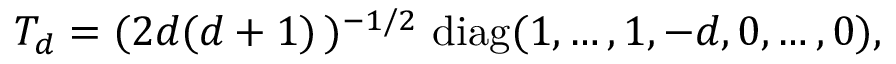
T _ { d } = ( 2 d ( d + 1 ) \, ) ^ { - 1 / 2 } \ \mathrm { d i a g } ( 1 , \ldots , 1 , - d , 0 , \ldots , 0 ) ,